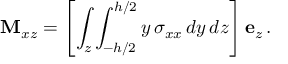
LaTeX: \mathbf { M } _ { x z } = \left[ \int _ { z } \int _ { - h / 2 } ^ { h / 2 } y \, \sigma _ { x x } \, d y \, d z \right] \mathbf { e } _ { z } \, .